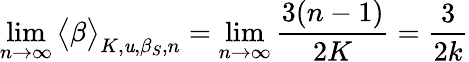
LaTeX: \operatorname*{lim}_{n\rightarrow\infty}\big<\beta\big>_{K,\mathit{u},\beta_{S},n}=\operatorname*{lim}_{n\rightarrow\infty}\frac{{3(n-1)}}{{2K}}=\frac{{3}}{{2k}}